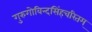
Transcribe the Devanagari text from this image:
गुरुगोविन्दसिंहचरितम्